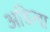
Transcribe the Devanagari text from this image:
अडिला